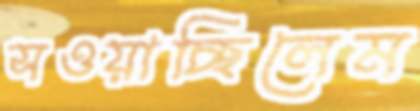
সওয়াচ্ছিলেম